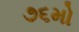
૭૬મો